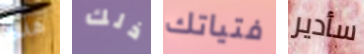
هذه ذلك فتياتك سأدير